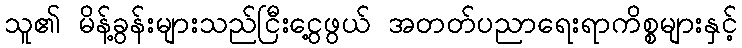
သူ၏ မိန့်ခွန်းများသည်ငြီးငွေ့ဖွယ် အတတ်ပညာရေးရာကိစ္စများနှင့်